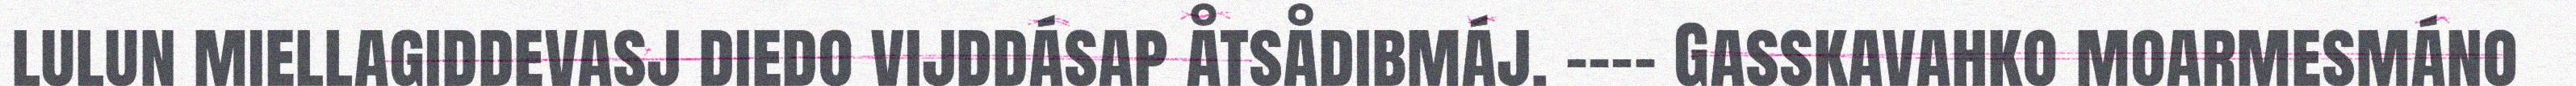
lulun miellagiddevasj diedo vijddásap åtsådibmáj. ---- Gasskavahko moarmesmáno